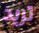
تريد